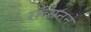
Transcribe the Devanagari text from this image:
रॉब्सनने